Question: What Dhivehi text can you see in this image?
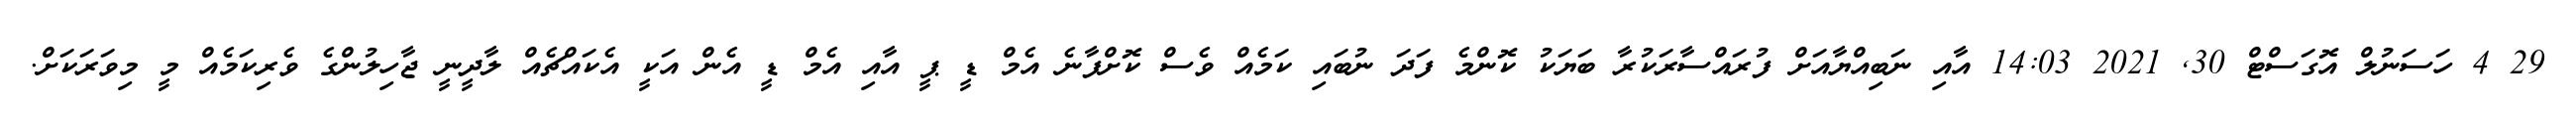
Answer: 29 4 ހަސަނުލް އޮގަސްޓް 30, 2021 14:03 އާއި ނަބިއްޔާއަށް ފުރައްސާރަކުރާ ބަޔަކު ކޮންމެ ފަދަ ނުބައި ކަމެއް ވެސް ކޮށްފާނެ އެމް ޑީ ޕީ އާއި އެމް ޑީ އެން އަކީ އެކައްޗެއް ލާދީނީ ޖާހިލުންގެ ވެރިކަމެއް މީ މިވަރަކަށް.